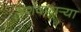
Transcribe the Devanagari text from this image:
दर्शवणार्‍या